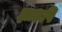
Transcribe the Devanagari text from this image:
झाड़पि